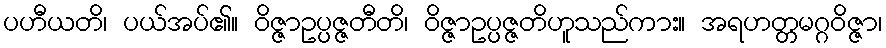
ပဟီယတိ၊ ပယ်အပ်၏။ ဝိဇ္ဇာဥပ္ပဇ္ဇတီတိ၊ ဝိဇ္ဇာဥပ္ပဇ္ဇတိဟူသည်ကား။ အရဟတ္တမဂ္ဂဝိဇ္ဇာ၊